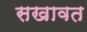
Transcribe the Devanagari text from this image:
सखावत